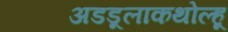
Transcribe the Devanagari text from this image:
अडडूलाकथोल्हू